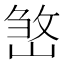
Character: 𡺧